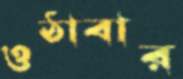
ওঠাবার